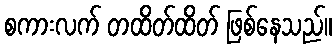
စကားလက် တထိတ်ထိတ် ဖြစ်နေသည်။